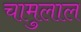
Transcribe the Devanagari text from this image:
चामुलाल